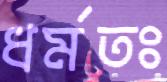
ধর্মতঃ